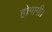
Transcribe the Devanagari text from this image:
होगागी।